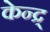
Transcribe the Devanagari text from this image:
केन्द्र्